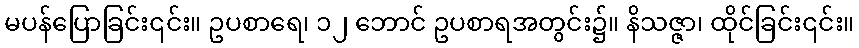
မပန်ပြောခြင်း၎င်း။ ဥပစာရေ၊ ၁၂ ဘောင် ဥပစာရအတွင်း၌။ နိသဇ္ဇာ၊ ထိုင်ခြင်း၎င်း။